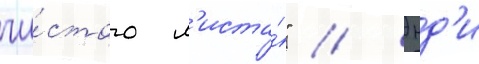
чи́стого л'иста́" // Энд'и